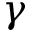
\gamma